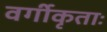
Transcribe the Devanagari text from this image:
वर्गीकृताः